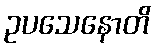
ဥပသေနောတိ